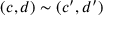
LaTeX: \quad ( c , d ) \sim ( c ^ { \prime } , d ^ { \prime } ) \quad